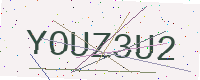
Text: YOUZ3U2